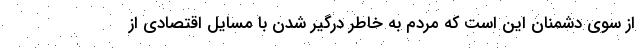
از سوی دشمنان این است که مردم به خاطر درگیر شدن با مسایل اقتصادی از